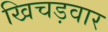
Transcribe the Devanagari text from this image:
खिचड़वार